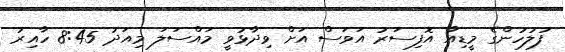
ފުލުހުންގެ މީޑިއާ އޮފިސަރު އަވަސް އަށް ވިދާޅުވީ މައްސަލަ މިއަދު 8:45 ހާއިރު